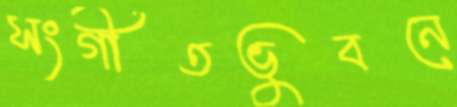
সংগীতভুবনে